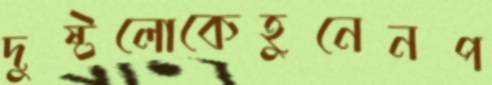
দুষ্টলোকেহুনেনপ